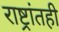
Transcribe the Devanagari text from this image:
राष्ट्रांतही